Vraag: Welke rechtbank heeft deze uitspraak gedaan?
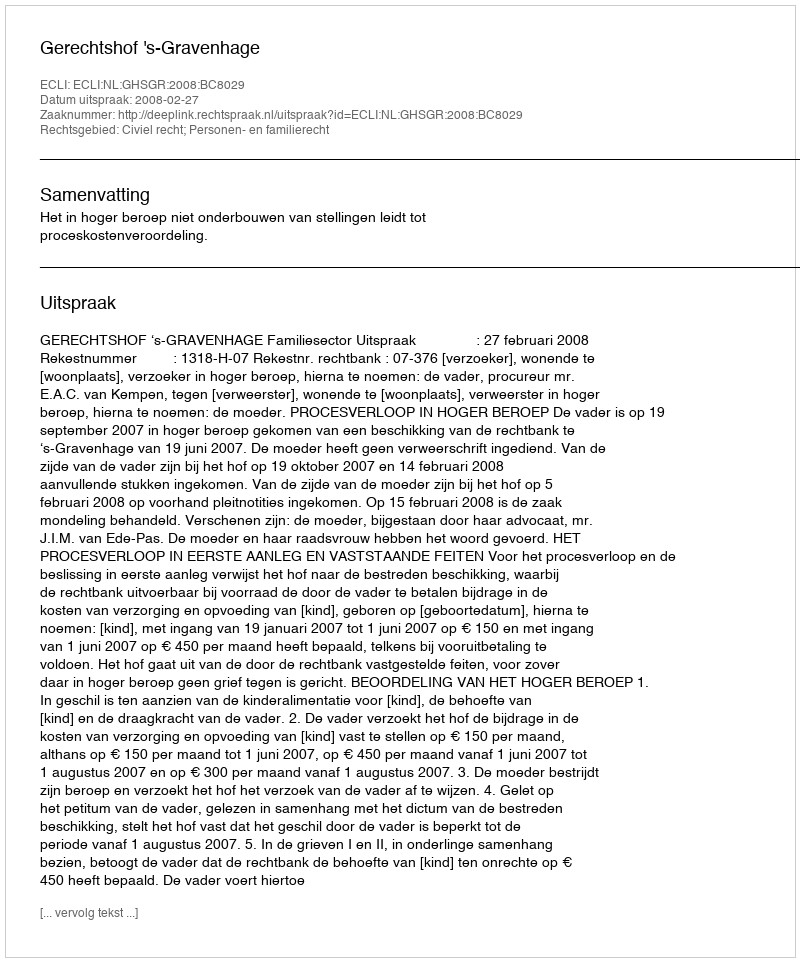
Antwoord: Gerechtshof 's-Gravenhage